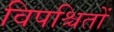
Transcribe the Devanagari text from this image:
विपश्चितों